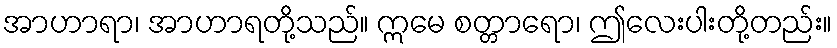
အာဟာရာ၊ အာဟာရတို့သည်။ ဣမေ စတ္တာရော၊ ဤလေးပါးတို့တည်း။